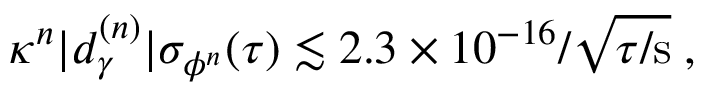
\begin{array} { r } { \kappa ^ { n } | d _ { \gamma } ^ { ( n ) } | \sigma _ { \phi ^ { n } } ( \tau ) \lesssim 2 . 3 \times 1 0 ^ { - 1 6 } / \sqrt { \tau / \mathrm { s } } \; , } \end{array}